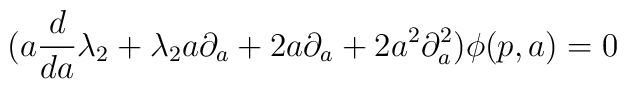
(a \frac {d} {da} \lambda_2+ \lambda_2 a\partial_a+ 2a\partial_a+2 a^2\partial_a^2)\phi(p,a)=0